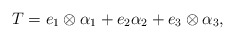
\begin{align*}T = e_1 \otimes \alpha_1 + e_2 \alpha_2 + e_3 \otimes \alpha_3,\end{align*}